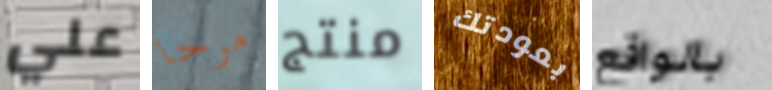
علي مرحا منتج بعودتك بالواقع